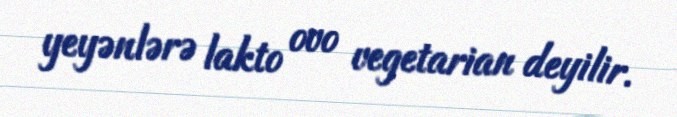
yeyənlərə lakto ovo vegetarian deyilir.